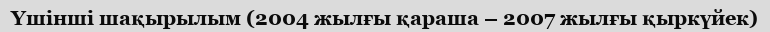
Үшінші шақырылым (2004 жылғы қараша – 2007 жылғы қыркүйек)